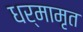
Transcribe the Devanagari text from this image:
धर्मामृत